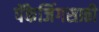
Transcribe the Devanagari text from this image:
पॅकेजिंगसाठी